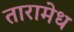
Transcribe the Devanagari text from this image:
तारामेध